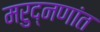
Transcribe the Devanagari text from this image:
मरुद्नणांत